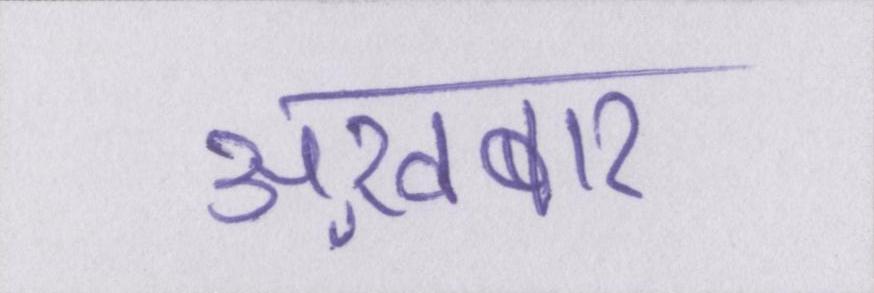
अख़बार